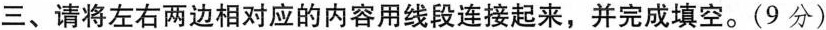
三、请将左右两边对应的内容用线段连接起来，并完成填空。（9分）